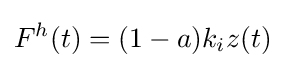
F^{h}(t)=(1-a)k_{i}z(t)